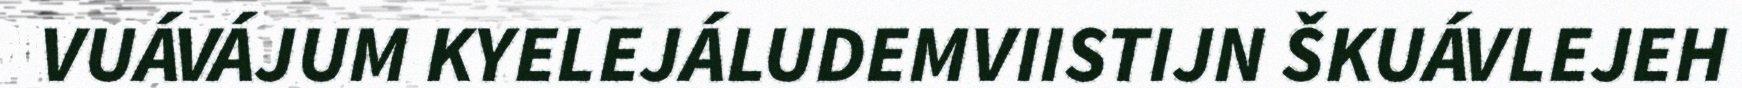
VUÁVÁJUM KYELEJÁLUDEMVIISTIJN ŠKUÁVLEJEH